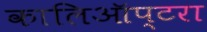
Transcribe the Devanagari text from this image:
कालिऑप्टरा